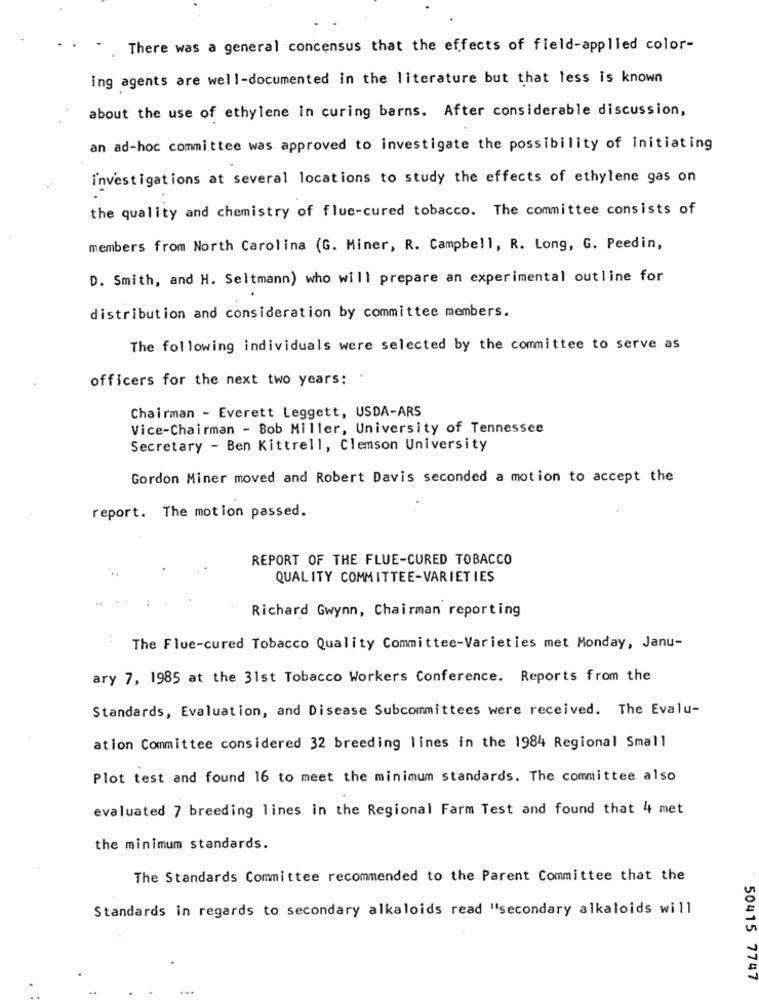
There was a general concensus that the effects of field-applied color-
ing agents are well-documented in the literature but that less is known
about the use of ethylene In curing barns. After considerable discussion,
an ad-hoc committee was approved to investigate the possibility of initiating
investigations at several locations to study the effects of ethylene gas on
the quality and chemistry of flue-cured tobacco. The committee consists of
members from North Carolina (G. Miner, R. Campbell, R. Long, G. Peedin,
D. Smith, and H. Seltmann) who will prepare an experimental outline for
distribution and consideration by committee members.
The following individuals were selected by the committee to serve as
officers for the next two years:
Chairman - Everett Leggett, USDA-ARS
Vice-Chairman - Bob Miller, University of Tennessee
Secretary - Ben Kittrell, Clemson University
Gordon Miner moved and Robert Davis seconded a motion to accept the
report. The motion passed.
REPORT OF THE FLUE-CURED TOBACCO
QUALITY COMMITTEE-VARIETIES
Richard Gwynn, Chairman reporting
The Flue-cured Tobacco Quality Committee-Varieties met Monday, Janu-
ary 7, 1985 at the 31st Tobacco Workers Conference. Reports from the
Standards, Evaluation, and Disease Subcommittees were received. The Evalu-
ation Committee considered 32 breeding lines in the 1984 Regional Small
Plot test and found 16 to meet the minimum standards. The committee also
evaluated 7 breeding lines in the Regional Farm Test and found that 4 met
the minimum standards.
The Standards Committee recommended to the Parent Committee that the
Standards in regards to secondary alkaloids read "secondary alkaloids will
50415 7747